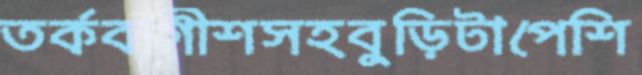
তর্কবাগীশসহবুড়িটাপেশি